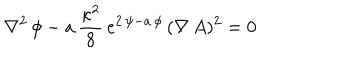
\nabla ^ { 2 } \, \phi - a \, { \frac { \kappa ^ { 2 } } { 8 } } \, e ^ { 2 \, \psi - a \, \phi } \, ( \nabla \, A ) ^ { 2 } = 0